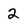
Character: 2